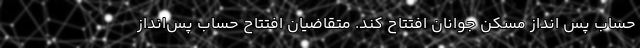
حساب پس انداز مسکن جوانان افتتاح کند. متقاضیان افتتاح حساب پس‌انداز